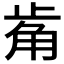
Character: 𧣆